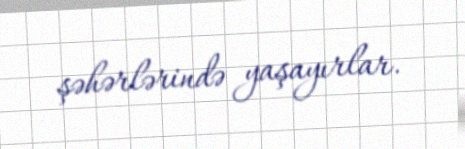
şəhərlərində yaşayırlar.